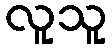
လူသူ